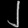
Digit: ၂